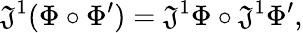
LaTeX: \mathfrak{J}^{1}(\Phi\circ\Phi^{\prime})=\mathfrak{J}^{1}\Phi\circ\mathfrak{J}^{1}\Phi^{\prime},